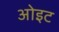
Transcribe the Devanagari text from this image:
ओइट